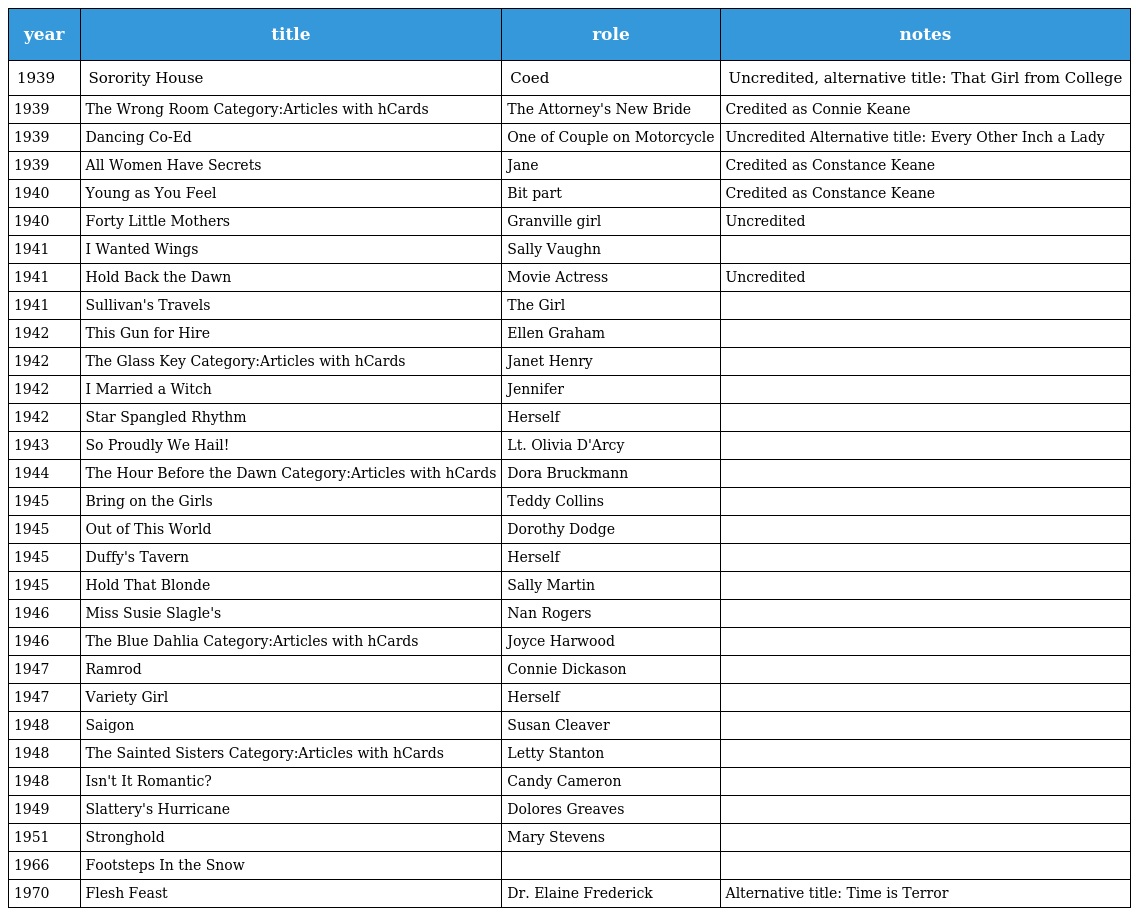
| year | title | role | notes |
 | --- | --- | --- | --- |
 | 1939 | Sorority House | Coed | Uncredited, alternative title: That Girl from College |
 | 1939 | The Wrong Room Category:Articles with hCards | The Attorney's New Bride | Credited as Connie Keane |
 | 1939 | Dancing Co-Ed | One of Couple on Motorcycle | Uncredited Alternative title: Every Other Inch a Lady |
 | 1939 | All Women Have Secrets | Jane | Credited as Constance Keane |
 | 1940 | Young as You Feel | Bit part | Credited as Constance Keane |
 | 1940 | Forty Little Mothers | Granville girl | Uncredited |
 | 1941 | I Wanted Wings | Sally Vaughn |  |
 | 1941 | Hold Back the Dawn | Movie Actress | Uncredited |
 | 1941 | Sullivan's Travels | The Girl |  |
 | 1942 | This Gun for Hire | Ellen Graham |  |
 | 1942 | The Glass Key Category:Articles with hCards | Janet Henry |  |
 | 1942 | I Married a Witch | Jennifer |  |
 | 1942 | Star Spangled Rhythm | Herself |  |
 | 1943 | So Proudly We Hail! | Lt. Olivia D'Arcy |  |
 | 1944 | The Hour Before the Dawn Category:Articles with hCards | Dora Bruckmann |  |
 | 1945 | Bring on the Girls | Teddy Collins |  |
 | 1945 | Out of This World | Dorothy Dodge |  |
 | 1945 | Duffy's Tavern | Herself |  |
 | 1945 | Hold That Blonde | Sally Martin |  |
 | 1946 | Miss Susie Slagle's | Nan Rogers |  |
 | 1946 | The Blue Dahlia Category:Articles with hCards | Joyce Harwood |  |
 | 1947 | Ramrod | Connie Dickason |  |
 | 1947 | Variety Girl | Herself |  |
 | 1948 | Saigon | Susan Cleaver |  |
 | 1948 | The Sainted Sisters Category:Articles with hCards | Letty Stanton |  |
 | 1948 | Isn't It Romantic? | Candy Cameron |  |
 | 1949 | Slattery's Hurricane | Dolores Greaves |  |
 | 1951 | Stronghold | Mary Stevens |  |
 | 1966 | Footsteps In the Snow |  |  |
 | 1970 | Flesh Feast | Dr. Elaine Frederick | Alternative title: Time is Terror |